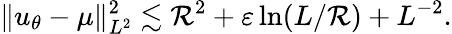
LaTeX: \| u_{\theta}-\mu\| _{L^{2}}^{2}\lesssim\mathcal{R}^{2}+\varepsilon\ln(L/\mathcal{R})+L^{-2}.